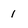
Character: 1